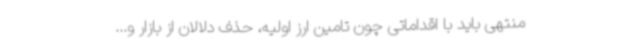
منتهی باید با اقداماتی چون تامین ارز اولیه، حذف دلالان از بازار و...